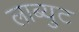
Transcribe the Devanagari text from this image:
लाब्युट